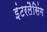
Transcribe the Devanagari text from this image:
इंटरलैसिंग